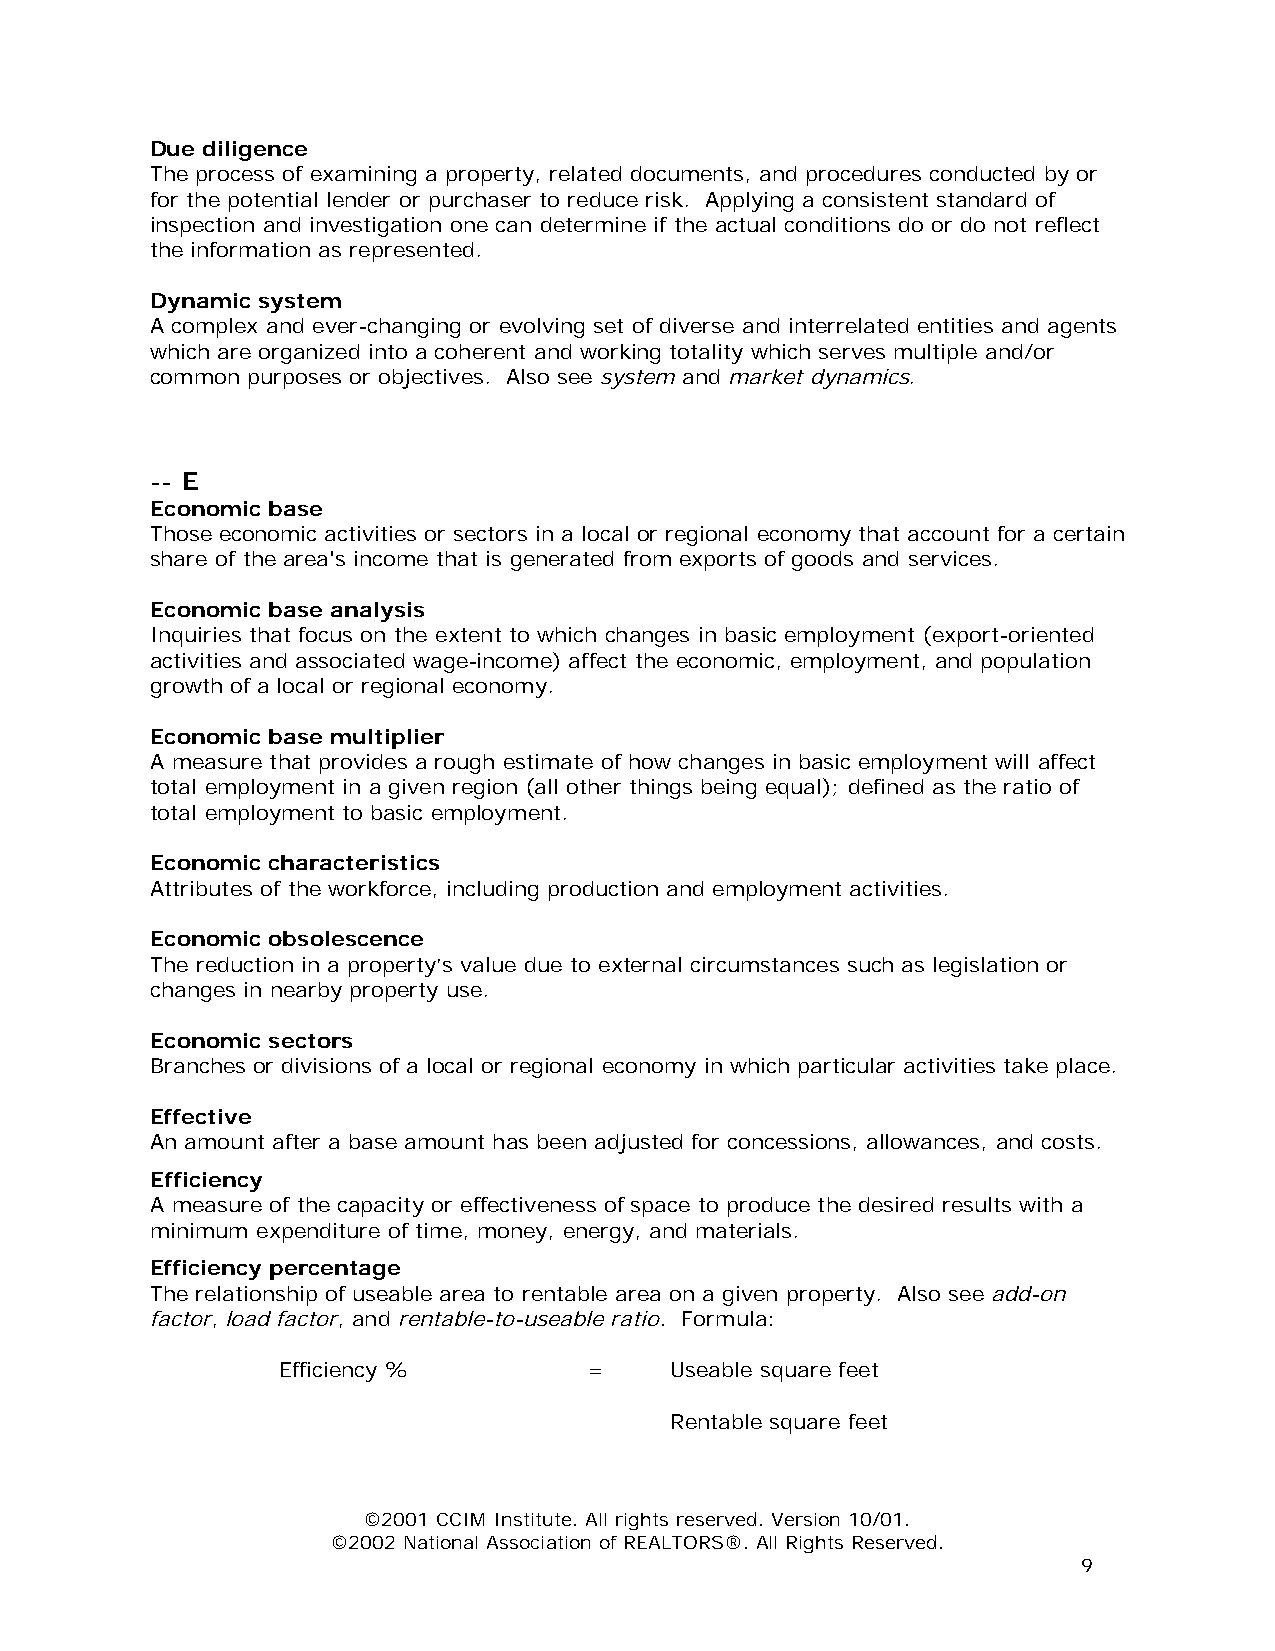
Due diligence
 The process of examining a property, related documents, and procedures conducted by or
 for the potential lender or purchaser to reduce risk. Applying a consistent standard of
 inspection and investigation one can determine if the actual conditions do or do not reflect
 the information as represented.
 Dynamic system
 A complex and ever-changing or evolving set of diverse and interrelated entities and agents
 which are organized into a coherent and working totality which serves multiple and/or
 common purposes or objectives. Also see system and market dynamics.
 -- E
 Economic base
 Those economic activities or sectors in a local or regional economy that account for a certain
 share of the area's income that is generated from exports of goods and services.
 Economic base analysis
 Inquiries that focus on the extent to which changes in basic employment (export-oriented
 activities and associated wage-income) affect the economic, employment, and population
 growth of a local or regional economy.
 Economic base multiplier
 A measure that provides a rough estimate of how changes in basic employment will affect
 total employment in a given region (all other things being equal); defined as the ratio of
 total employment to basic employment.
 Economic characteristics
 Attributes of the workforce, including production and employment activities.
 Economic obsolescence
 The reduction in a property’s value due to external circumstances such as legislation or
 changes in nearby property use.
 Economic sectors
 Branches or divisions of a local or regional economy in which particular activities take place.
 Effective
 An amount after a base amount has been adjusted for concessions, allowances, and costs.
 Efficiency
 A measure of the capacity or effectiveness of space to produce the desired results with a
 minimum expenditure of time, money, energy, and materials.
 Efficiency percentage
 The relationship of useable area to rentable area on a given property. Also see add-on
 factor, load factor, and rentable-to-useable ratio. Formula:
 Efficiency %         =    Useable square feet
 Rentable square feet
 ©2001 CCIM Institute. All rights reserved. Version 10/01.
 ©2002 National Association of REALTORS®. All Rights Reserved.
 9